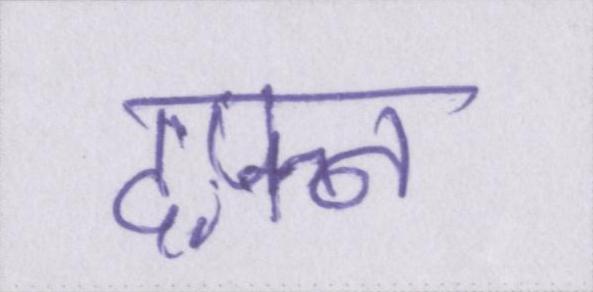
दफ़्न